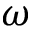
\omega